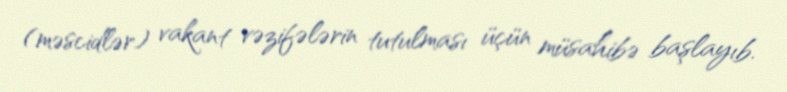
(məscidlər) vakant vəzifələrin tutulması üçün müsahibə başlayıb.